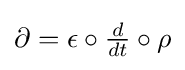
\partial =\epsilon \circ {\tfrac {d}{dt}}\circ \rho